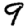
Digit: 9